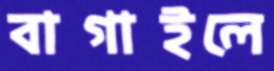
বাগাইলে